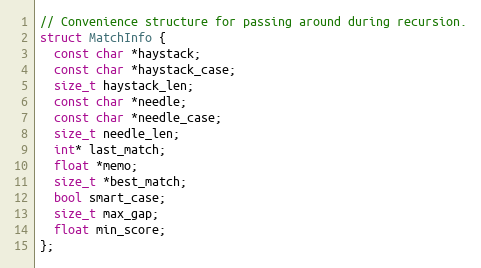
Language: C++
// Convenience structure for passing around during recursion.
struct MatchInfo {
  const char *haystack;
  const char *haystack_case;
  size_t haystack_len;
  const char *needle;
  const char *needle_case;
  size_t needle_len;
  int* last_match;
  float *memo;
  size_t *best_match;
  bool smart_case;
  size_t max_gap;
  float min_score;
};